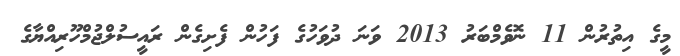
މީގެ އިތުރުން 11 ނޮވެމްބަރު 2013 ވަނަ ދުވަހުގެ ފަހުން ފެށިގެން ރައީސުލްޖުމްހޫރިއްޔާގެ